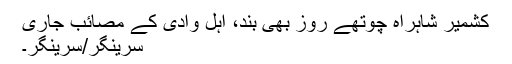
کشمیر شاہراہ چوتھے روز بھی بند، اہل وادی کے مصائب جاری
سرینگر/سرینگر۔